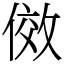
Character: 傚